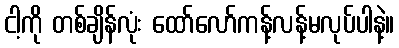
ငါ့ကို တစ်ချိန်လုံး ထော်လော်ကန့်လန့်မလုပ်ပါနဲ့။